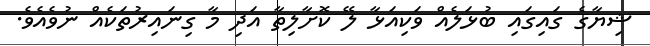
ޝިޔާގެ ގައިގައި ބުޅަލެއް ވަކިއަޅާ ލޭ ކޮށާލިތާ އަދި މާ ގިނައިރުތަކެއް ނުވެއެވެ.